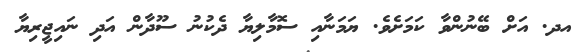
އދ. އަށް ބޭނުންވާ ކަމަށެވެ. ޔަމަނާއި ސޮމާލިޔާ ދެކުނު ސޫދާން އަދި ނައިޖީރިޔާ